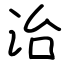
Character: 治